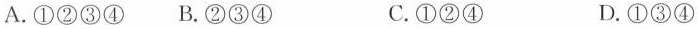
A.①②③④B.②③④ C.①②④ D.①③④